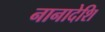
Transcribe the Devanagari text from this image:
नानादेशि